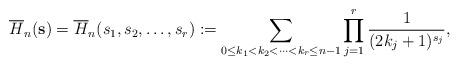
LaTeX: \begin{align*}\overline{H}_n(\mathbf{s})=\overline{H}_n(s_1,s_2,\ldots,s_r):=\sum\limits_{0\leq k_1<k_2<\cdots<k_r\leq n-1}\prod_{j=1}^{r}\frac{1}{(2k_j+1)^{s_j}},\end{align*}